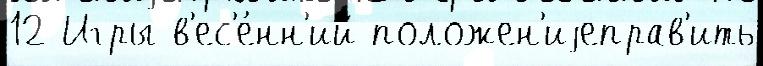
12 Игры в'ес'е́нн'ий положен'иjеправ'ить